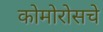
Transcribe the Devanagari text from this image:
कोमोरोसचे